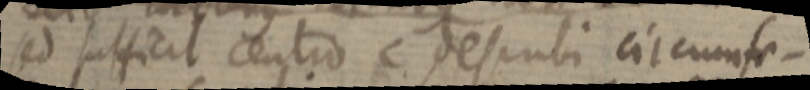
sed sufficit centro c desubi circumfe–